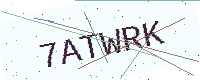
Text: 7ATWRK